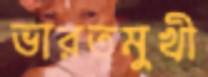
ভারতমুখী